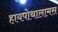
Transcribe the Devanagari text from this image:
हायपोथालामस